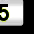
Digit: 5